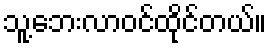
သူ့ဘေးလာဝင်ထိုင်တယ်။